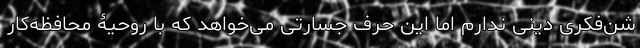
شن‌فکری دینی ندارم اما این حرف جسارتی می‌خواهد که با روحیۀ محافظه‌کار